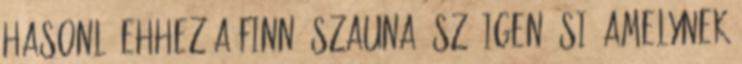
hasonló ehhez A finn „szauna” szó igen ősi, amelynek